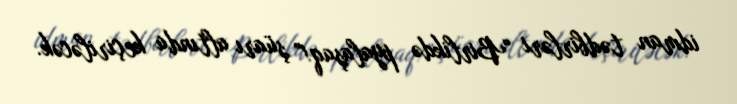
idman tədbirləri “Birlikdə pyalaşaq!” şüarı altında keçiriləcək.